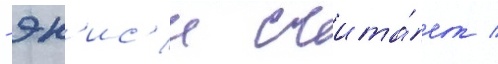
- эн'ис'и счита́ет /